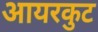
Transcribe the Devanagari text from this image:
आयरकुट